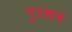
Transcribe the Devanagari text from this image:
गुल्शने